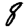
Digit: 8